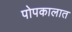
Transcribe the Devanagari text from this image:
पोपकालात